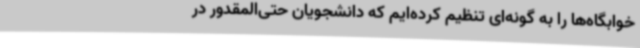
خوابگاه‌ها را به گونه‌ای تنظیم کرده‌ایم که دانشجویان حتی‌المقدور در